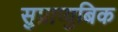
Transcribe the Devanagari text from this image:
सुप्राप्युबिक